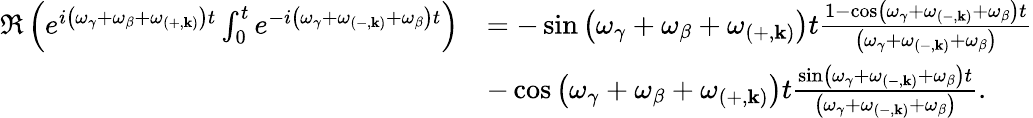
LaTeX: \begin{array}{rl}{\Re\left(e^{i\left(\omega_{\gamma}+\omega_{\beta}+\omega_{\left(+,\mathbf{k}\right)}\right)t}\int_{0}^{t}e^{-i\left(\omega_{\gamma}+\omega_{\left(-,\mathbf{k}\right)}+\omega_{\beta}\right)t}\right)}&{=-\sin\left(\omega_{\gamma}+\omega_{\beta}+\omega_{\left(+,\mathbf{k}\right)}\right)t\frac{1-\cos\left(\omega_{\gamma}+\omega_{\left(-,\mathbf{k}\right)}+\omega_{\beta}\right)t}{\left(\omega_{\gamma}+\omega_{\left(-,\mathbf{k}\right)}+\omega_{\beta}\right)}}\\ &{-\cos\left(\omega_{\gamma}+\omega_{\beta}+\omega_{\left(+,\mathbf{k}\right)}\right)t\frac{\sin\left(\omega_{\gamma}+\omega_{\left(-,\mathbf{k}\right)}+\omega_{\beta}\right)t}{\left(\omega_{\gamma}+\omega_{\left(-,\mathbf{k}\right)}+\omega_{\beta}\right)}.}\end{array}